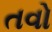
તવો